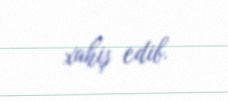
xahiş edib.